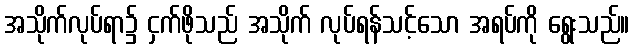
အသိုက်လုပ်ရာ၌ ငှက်ဖိုသည် အသိုက် လုပ်ရန်သင့်သော အရပ်ကို ရွေးသည်။